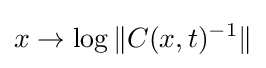
x\rightarrow \log \|C(x,t)^{-1}\|